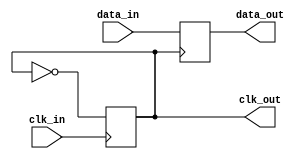
module pll_synchronizer (
    input wire clk_in,          // Incoming clock signal
    input wire data_in,         // Incoming data signal
    output reg clk_out,         // Output clock signal
    output reg data_out         // Synchronized output data
);

    // Parameters for the PLL
    parameter VCO_GAIN = 1;     // Gain of the VCO
    parameter LOOP_FILTER_GAIN = 1; // Gain of the loop filter
    parameter PHASE_DETECTOR_DELAY = 1; // Delay for phase detector

    // Internal signals
    reg [7:0] phase_error;      // Phase error signal
    reg [7:0] control_voltage;   // Control voltage for VCO
    reg [7:0] vco_output;        // VCO output signal
    reg [7:0] loop_filter;       // Loop filter output

    // Phase Detector
    always @(posedge clk_in) begin
        // Simple phase detector logic (for demonstration)
        // Compare phase of incoming clock with VCO output
        if (clk_in == vco_output) begin
            phase_error <= 0; // No phase error
        end else begin
            phase_error <= (clk_in > vco_output) ? 1 : -1; // Phase error signal
        end
    end

    // Loop Filter
    always @(posedge clk_in) begin
        // Simple low-pass filter for control voltage
        loop_filter <= (loop_filter * (LOOP_FILTER_GAIN - 1) + phase_error) / LOOP_FILTER_GAIN;
        control_voltage <= loop_filter; // Update control voltage
    end

    // Voltage-Controlled Oscillator (VCO)
    always @(posedge clk_in) begin
        // VCO output generation based on control voltage
        vco_output <= control_voltage * VCO_GAIN; // Adjust frequency based on control voltage
        clk_out <= ~clk_out; // Toggle output clock
    end

    // Data Synchronizer
    always @(posedge clk_out) begin
        data_out <= data_in; // Sample incoming data on VCO clock edge
    end

endmodule